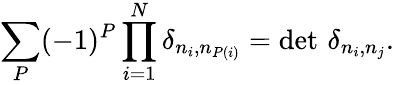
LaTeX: \sum_{P}(-1)^{P}\prod_{i=1}^{N}\delta_{n_{i},n_{P(i)}}=\operatorname*{det}\, \delta_{n_{i},n_{j}}.